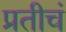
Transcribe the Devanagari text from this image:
प्रतीचं